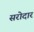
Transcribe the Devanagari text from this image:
सरोदार